Report of the veterinary officer investigating camel disease
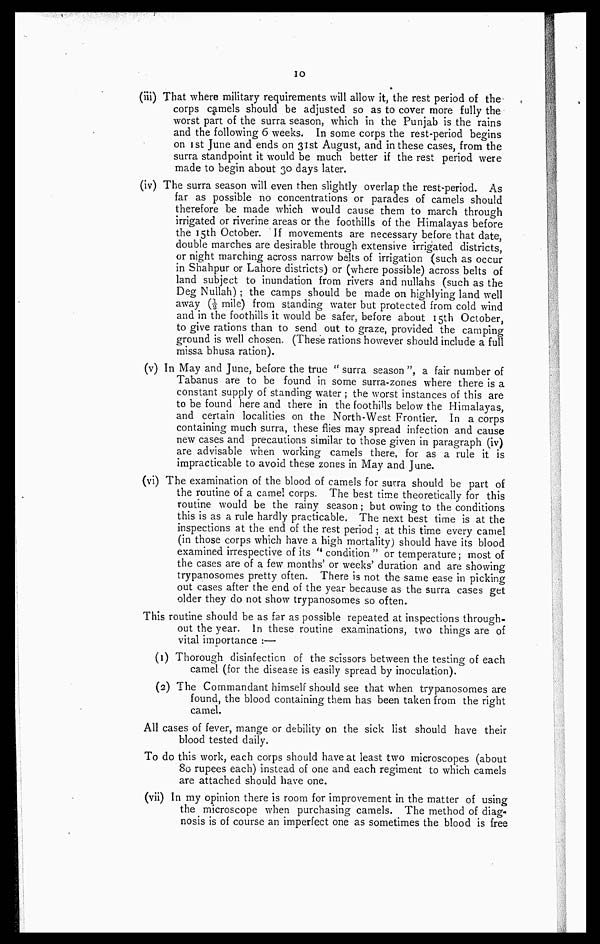
10
(iii) That where military requirements will allow it, the rest period of the
corps camels should be adjusted so as to cover more fully the
worst part of the surra season, which in the Punjab is the rains
and the following 6 weeks. In some corps the rest-period begins
on 1st June and ends on 31st August, and in these cases, from the
surra standpoint it would be much better if the rest period were
made to begin about 30 days later.
(iv) The surra season will even then slightly overlap the rest-period. As
far as possible no concentrations or parades of camels should
therefore be made which would cause them to march through
irrigated or riverine areas or the foothills of the Himalayas before
the 15th October. If movements are necessary before that date,
double marches are desirable through extensive irrigated districts,
or night marching across narrow belts of irrigation (such as occur
in Shahpur or Lahore districts) or (where possible) across belts of
land subject to inundation from rivers and nullahs (such as the
Deg Nullah) ; the camps should be made on highlying land well
away (½ mile) from standing water but protected from cold wind
and in the foothills it would be safer, before about 15th October,
to give rations than to send out to graze, provided the camping
ground is well chosen. (These rations however should include a full
missa bhusa ration).
(v) In May and June, before the true " surra season ", a fair number of
Tabanus are to be found in some surra-zones where there is a
constant supply of standing water ; the worst instances of this are
to be found here and there in the foothills below the Himalayas,
and certain localities on the North-West Frontier. In a corps
containing much surra, these flies may spread infection and cause
new cases and precautions similar to those given in paragraph (iv)
are advisable when working camels there, for as a rule it is
impracticable to avoid these zones in May and June.
(vi) The examination of the blood of camels for surra should be part of
the routine of a camel corps. The best time theoretically for this
routine would be the rainy season; but owing to the conditions
this is as a rule hardly practicable, The next best time is at the
inspections at the end of the rest period; at this time every camel
(in those corps which have a high mortality) should have its blood
examined irrespective of its " condition " or temperature; most of
the cases are of a few months' or weeks' duration and are showing
trypanosomes pretty often. There is not the same ease in picking
out cases after the end of the year because as the surra cases get
older they do not show trypanosomes so often.
This routine should be as far as possible repeated at inspections through-
out the year. In these routine examinations, two things are of
vital importance :—
(1) Thorough disinfection of the scissors between the testing of each
camel (for the disease is easily spread by inoculation).
(2) The Commandant himself should see that when trypanosomes are
found, the blood containing them has been taken from the right
camel.
All cases of fever, mange or debility on the sick list should have their
blood tested daily.
To do this work, each corps should have at least two microscopes (about
80 rupees each) instead of one and each regiment to which camels
are attached should have one.
(vii) In my opinion there is room for improvement in the matter of using
the microscope when purchasing camels. The method of diag-
nosis is of course an imperfect one as sometimes the blood is free